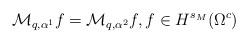
LaTeX: \begin{align*}\mathcal{M}_{q,\alpha^1}f = \mathcal{M}_{q,\alpha^2}f, f\in H^{s_M}(\Omega^c) \end{align*}